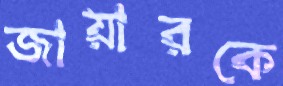
জায়ারকে